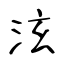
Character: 泫